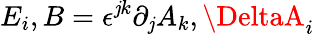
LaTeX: E_{i},B=\epsilon^{\mathit{j}k}\partial_{\mathit{j}}A_{k},\DeltaA_{i}